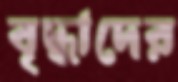
বৃদ্ধাদের